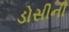
ડોસીની